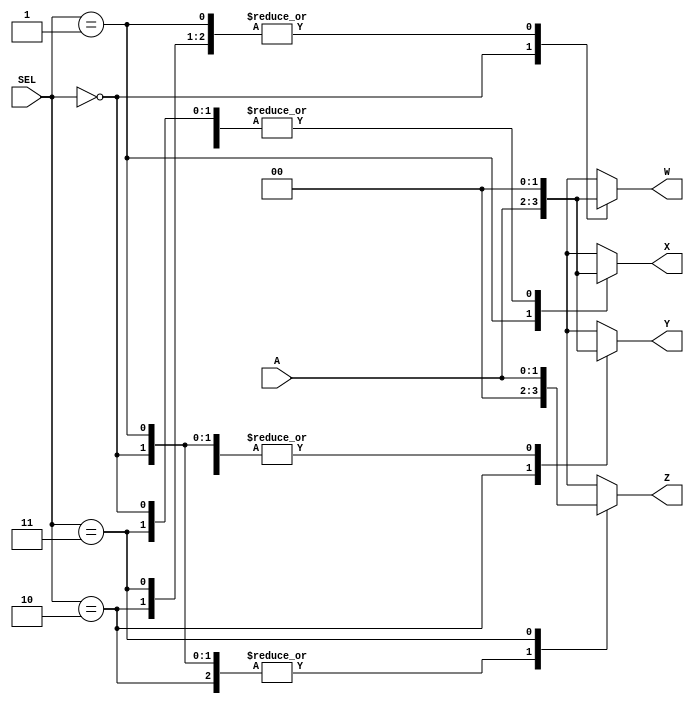
`timescale 1ns / 1ps
//////////////////////////////////////////////////////////////////////////////////
// Company: SUTD
// 
// Design Name: demultiplexer DSL
// Module Name: demultiplexer
// Project Name: HW3
// Target Devices: 
// Tool Versions: 
// Description: 
// 
// Dependencies: 
// 
// Revision:
// Revision 0.01 - File Created
// Additional Comments:
// 
//////////////////////////////////////////////////////////////////////////////////


//!DO NOT MODIFY MODULE NAME AND PORT NAME!
module demultiplexer(
    input [1:0]A,
    input [1:0]SEL,
    output [1:0]W,
    output [1:0]X,
    output [1:0]Y,
    output [1:0]Z
    );

reg [1:0]W_reg;
reg [1:0]X_reg;
reg [1:0]Y_reg;
reg [1:0]Z_reg;

assign W = W_reg;
assign X = X_reg;
assign Y = Y_reg;
assign Z = Z_reg;

always @(A, SEL) begin // check against cases if there's any changes to the inputs
    case(SEL) // to list all the conditions and corresponding outputs W, X, Y, Z
        2'b00: begin W_reg = A; X_reg = 2'b00; Y_reg = 2'b00; Z_reg = 2'b00; end
        2'b01: begin W_reg = 2'b00; X_reg = A; Y_reg = 2'b00; Z_reg = 2'b00; end
        2'b10: begin W_reg = 2'b00; X_reg = 2'b00; Y_reg = A; Z_reg = 2'b00; end
        2'b11: begin W_reg = 2'b00; X_reg = 2'b00; Y_reg = 2'b00; Z_reg = A; end
        default: begin W_reg = 2'bxx; X_reg = 2'bxx; Y_reg = 2'bxx; Z_reg = 2'bxx; end 
        // undefined W, X, Y, Z as the default
    endcase
end

endmodule